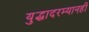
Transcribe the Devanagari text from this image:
युद्धादरम्यानही